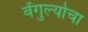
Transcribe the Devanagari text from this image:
वेंगुर्ल्याचा